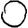
Digit: 0